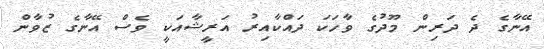
އޭނާގެ ދެ ދަރިން މޫދުގެ ވާހަކަ ދައްކާއިރު އަރީޝާއަކީ ވެސް އޭނާގެ ޒުވާން